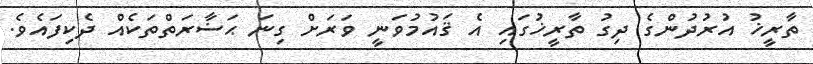
ތާރީޚު އުރުދުންގެ ދިގު ތާރީޚުގައި އެ ޤައުމުވަނީ ވަރަށް ގިނަ ޙަޟާރަތްތަކެއް ދެކިފައެވެ.